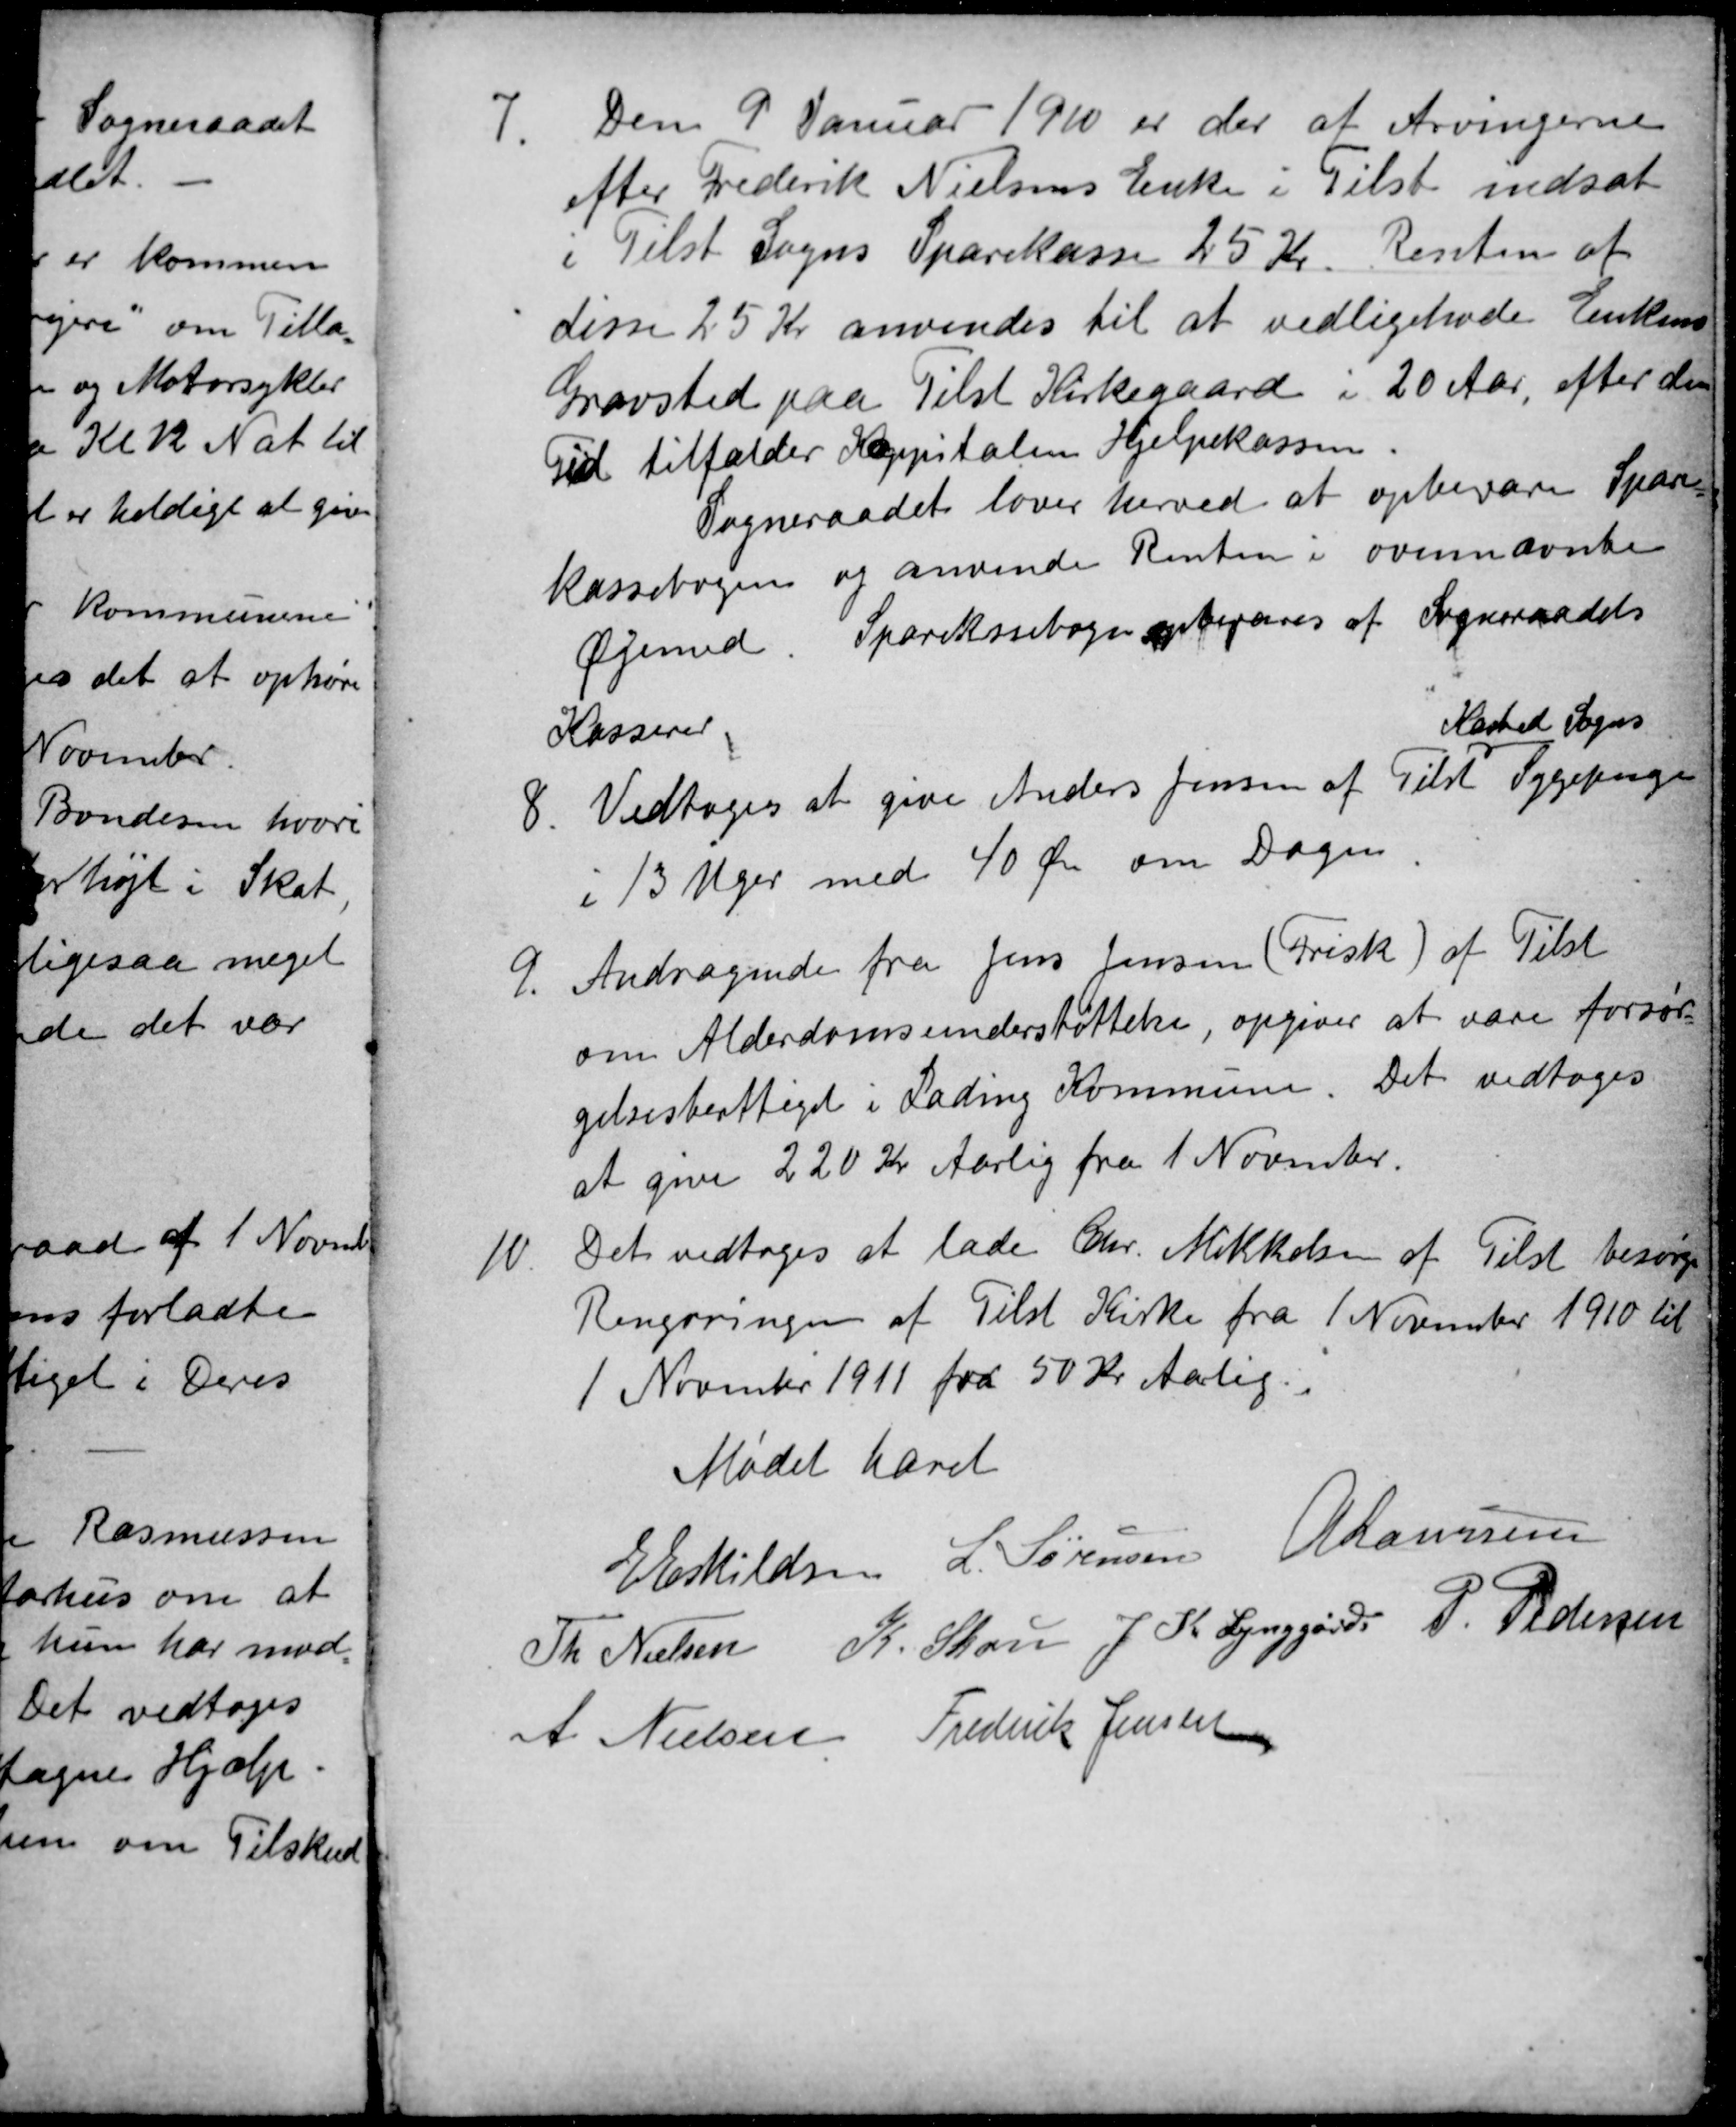
Transskription:
7.
Den 9 Januar 1910 er der af Arvingerne
efter Frederik Nielsens Enke i Tilst indsat
i Tilst Sogns Sparekasse 25 Kr. Renten af
disse 25 Kr anvendes til at vedligeholde Enkens
Gravsted paa Tilst Kirkegaard i 20 Aar, efter den
Tid tilfalder Kappitalen Hjælpekassen.
Sogneraadet lover herved at opbevare Spare=
kassebogen og anvende Renten i ovennævnte
Øjemed. Sparekassebogen opbevares af Sogneraadets
Kasserer
8.
Vedtoges at give Anders Jensen af Tilst
Kasted Sogns
Sygepenge
i 13 Uger med 40 Øre om Dagen
9.
Andragende fra Jens Jensen (Frisk) af Tilst
om Alderdomsunderstøttelse, opgiver at være forsør=
gelsesberettiget i Lading Kommune
Det vedtoges
at give 220 Kr Aarlig fra 1 November.
10.
Det vedtoges at lade Chr. Mikkelsen af Tilst besørge
Rengøringen af Tilst Kirke fra 1 November 1910 til
1 November 1911 for 50 Kr Aarlig.
Mødet hævet
E Eskildsen
L. Sørensen
A Laursen
Th Nielsen
K Skou J. K. Lynggård P. Pedersen
A. Nielsen
Frederik Jensen